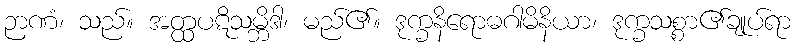
ဉာဏံ၊ သည်။ အတ္ထပဋိသမ္ဘိဒါ၊ မည်၏။ ဒုက္ခနိရောဓဂါမိနိယာ၊ ဒုက္ခသစ္စာ၏ချုပ်ရာ